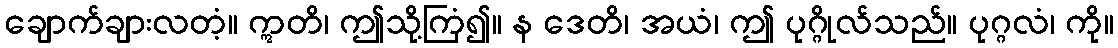
ချောက်ချားလတံ့။ ဣတိ၊ ဤသို့ကြံ၍။ န ဒေတိ၊ အယံ၊ ဤ ပုဂ္ဂိုလ်သည်။ ပုဂ္ဂလံ၊ ကို။